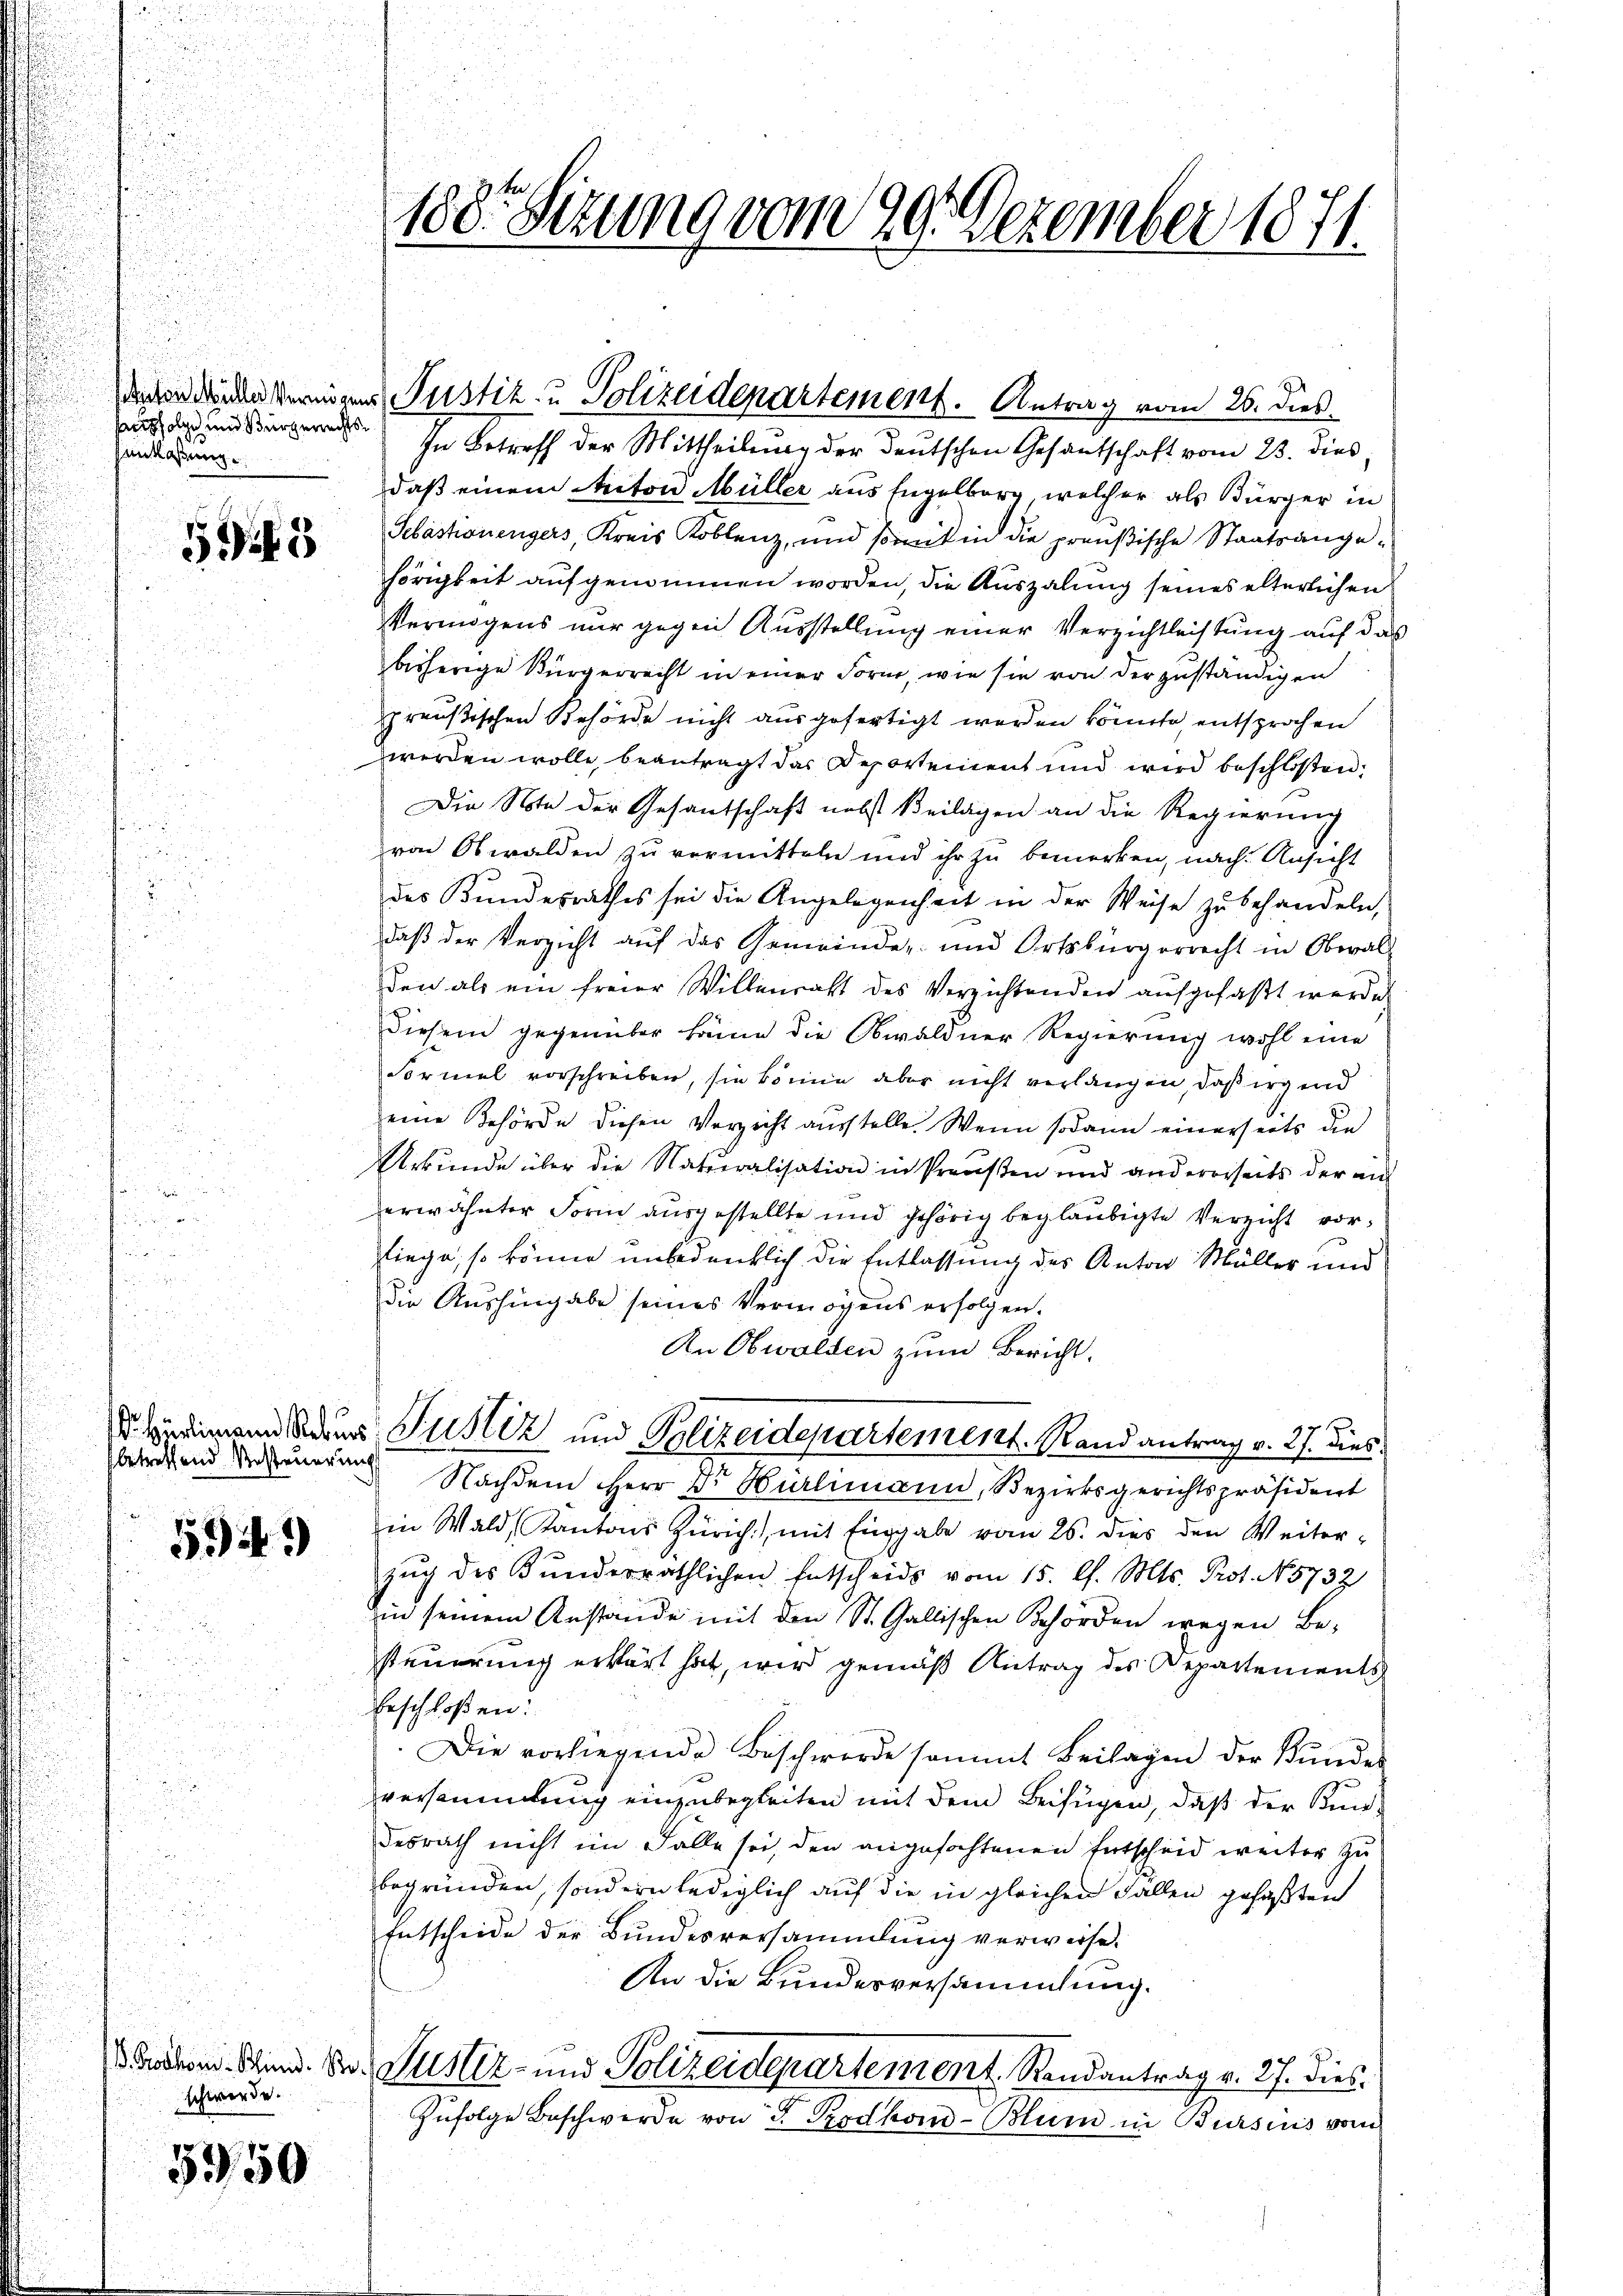
28 x
.
e
.
u

usfolge und Bürgerechts¬
Hantlaßung.

.

535

betreffend Resteuerung

594)

schwerde.

5350

180. Sizung vom 20. Dezember 1871.

deden werden Vermigens Justiz- u Polizeidepartement. Antrag vom 26. dies

In Betreff der Mittheilung der deutschen Gesantschaft vom 23. dies
daß einem Anton Müller aus Engelberg, welcher als Bürger in
Sebastionengers, Kreis Koblenz, und somit in die preußische Staatsangehörigkeit aufgenommen worden, die Auszalung seines elterlichen
Vermögens nur gegen Ausstellung einer Verzichtleistung auf das
bisherige Bürgerrecht in einer Form, wie sie von der zuständigen
preußischen Behörde nicht ausgefertigt werden könnte, entsprochen
werden wolle, beantragt das Departement und wird beschloßen:
Die Note der Gesantschaft nebst Beilagen an die Regierung
von Obwalden zu vormitteln und ihr zu bemerken, nach Ansicht
des Bundesrathes sei die Angelegenheit in der Weise zu behandeln,
daß der Verzicht auf das Gemeinde- und Ortsbürgerrecht in Oberal-
den als ein freier Willenratt des Verzichtenden aufgefaßt werde
diesem gegenüber kann die Obwaldner Regierung wohl eine
Formel vorschreiben, sie könne aber nicht verlangen, daß irgend
eine Behörde diesen Verzicht aŭsstelle. Wenn sodann einerseits die
Urkunde über die Naturalisation in Preußen und andererseits der an
erwähnter Form ausgestellte und gehörig beglaubigte Verzicht vorliege, so könne unbedenklich die Entlassung des Anton Müller und
die Aushingabe seines Vermögens erfolgen.
An Obwalden zum Bericht.
rdimann der Justiz und Polizeidepartement. Mandantrag v. 27. dies:
Nachdem Herr Dr Bürlimann, Bezirksgerichtspräsident
in Wald, Kantons Zürich), mit Eingabe vom 26. dies den Weiter-
zŭg des Bunderräthlichen Entscheids vom 15. d. Mts. Prot. N. 5732
in seinem Anstände mit den St. Gallischen Behörden wegen Be-
steuerung erklärt hat, wird gemäß Antrag des Departements
Erschloßen:
Die vorliegende Beschwerde sammt Beilagen der Bundes
versammlung einzubegleiten mit dem Beifügen, daß der Kundesrath nicht im Falle sei, den angefochtenen Entscheid weiter zu
begründen, sondern lediglich auf die in gleichen Fallen gefaßten
Entscheide der Bundesversammlung verweise.
An die Bundesversammlung.
dacken sind. Der Justiz- und Polizeidepartement Randantrag v. 27. dies¬
Zŭfolge Beschwerde von F. Rodhom-Blum in Bursins vom